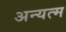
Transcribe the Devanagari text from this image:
अन्यत्म